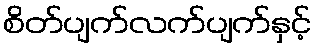
စိတ်ပျက်လက်ပျက်နှင့်